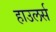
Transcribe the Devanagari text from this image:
हाउलर्स